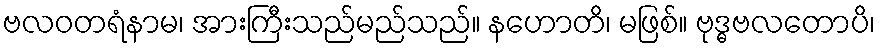
ဗလဝတရံနာမ၊ အားကြီးသည်မည်သည်။ နဟောတိ၊ မဖြစ်။ ဗုဒ္ဓဗလတောပိ၊